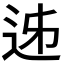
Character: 𨒉